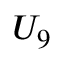
U _ { 9 }